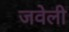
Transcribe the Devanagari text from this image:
जवेली